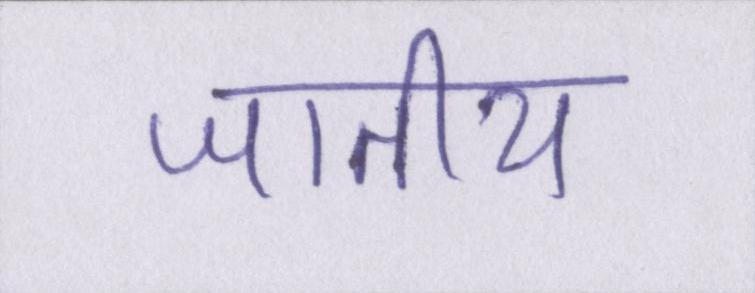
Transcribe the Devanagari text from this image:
जातीय